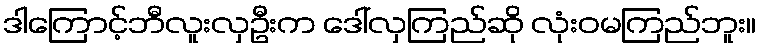
ဒါကြောင့်ဘီလူးလှဦးက ဒေါ်လှကြည်ဆို လုံးဝမကြည်ဘူး။